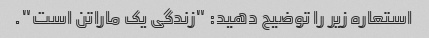
استعاره زیر را توضیح دهید: "زندگی یک ماراتن است".